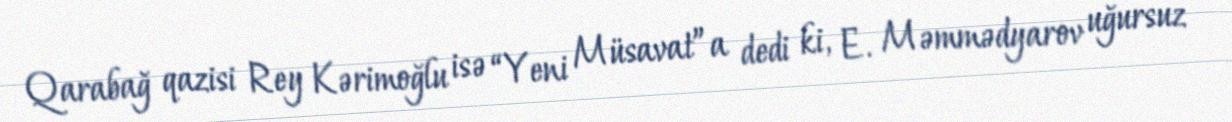
Qarabağ qazisi Rey Kərimoğlu isə “Yeni Müsavat”a dedi ki, E. Məmmədyarov uğursuz